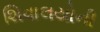
શિવાલયોની